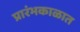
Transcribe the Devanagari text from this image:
प्रारंभकाळात